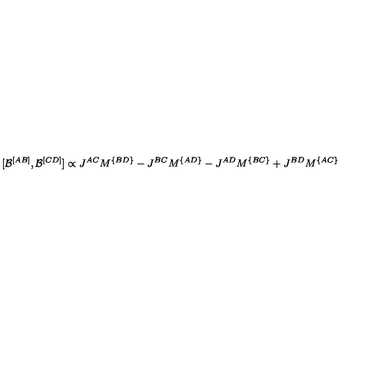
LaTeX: [ { \cal B } ^ { [ A B ] } , { \cal B } ^ { [ C D ] } ] \propto J ^ { A C } M ^ { \{ B D \} } - J ^ { B C } M ^ { \{ A D \} } - J ^ { A D } M ^ { \{ B C \} } + J ^ { B D } M ^ { \{ A C \} }